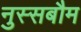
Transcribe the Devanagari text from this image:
नुस्सबौम